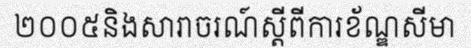
២០០៥និងសារាចរណ៍ស្តីពីការខ័ណ្ឌសីមា